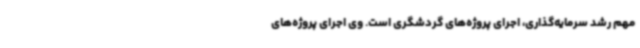
مهم رشد سرمایه‌گذاری، اجرای پروژه‌های گردشگری است. وی اجرای پروژه‌های